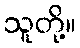
သူတို့။